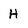
Character: H